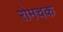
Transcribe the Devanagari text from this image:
रोमचक